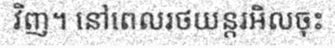
វិញ។ នៅពេលរថយន្តរអិលចុះ